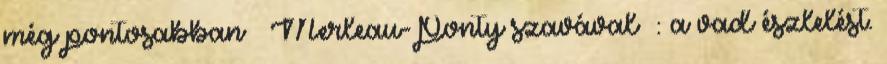
még pontosabban – Merleau-Ponty szavával –: a vad észlelést.